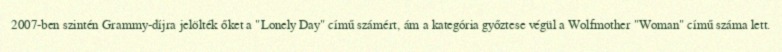
2007-ben szintén Grammy-díjra jelölték őket a "Lonely Day" című számért, ám a kategória győztese végül a Wolfmother "Woman" című száma lett.